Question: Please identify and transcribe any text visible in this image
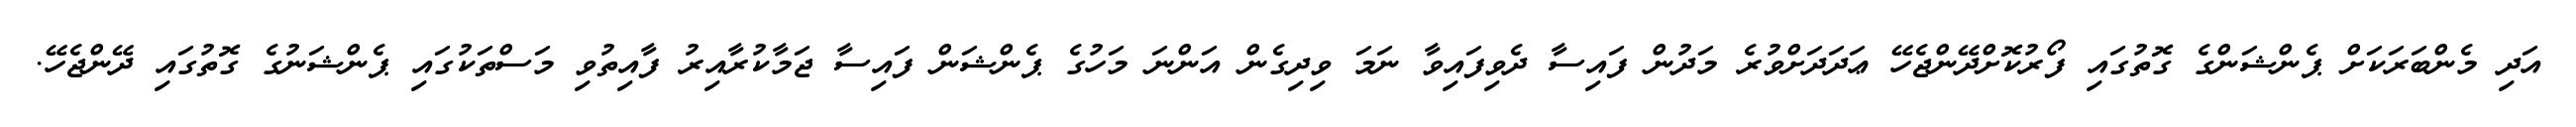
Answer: އަދި މެންބަރަކަށް ޕެންޝަންގެ ގޮތުގައި ފޯރުކޮށްދޭންޖެހޭ ޢަދަދަށްވުރެ މަދުން ފައިސާ ދެވިފައިވާ ނަމަ ވިދިގެން އަންނަ މަހުގެ ޕެންޝަން ފައިސާ ޖަމާކުރާއިރު ފާއިތުވި މަސްތަކުގައި ޕެންޝަނުގެ ގޮތުގައި ދޭންޖެހޭ.